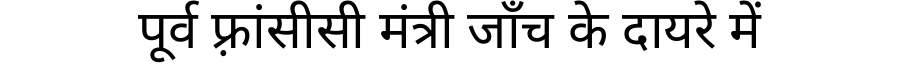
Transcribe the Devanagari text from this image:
पूर्व फ़्रांसीसी मंत्री जाँच के दायरे में